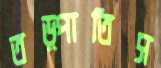
তড়্‌পাতিস